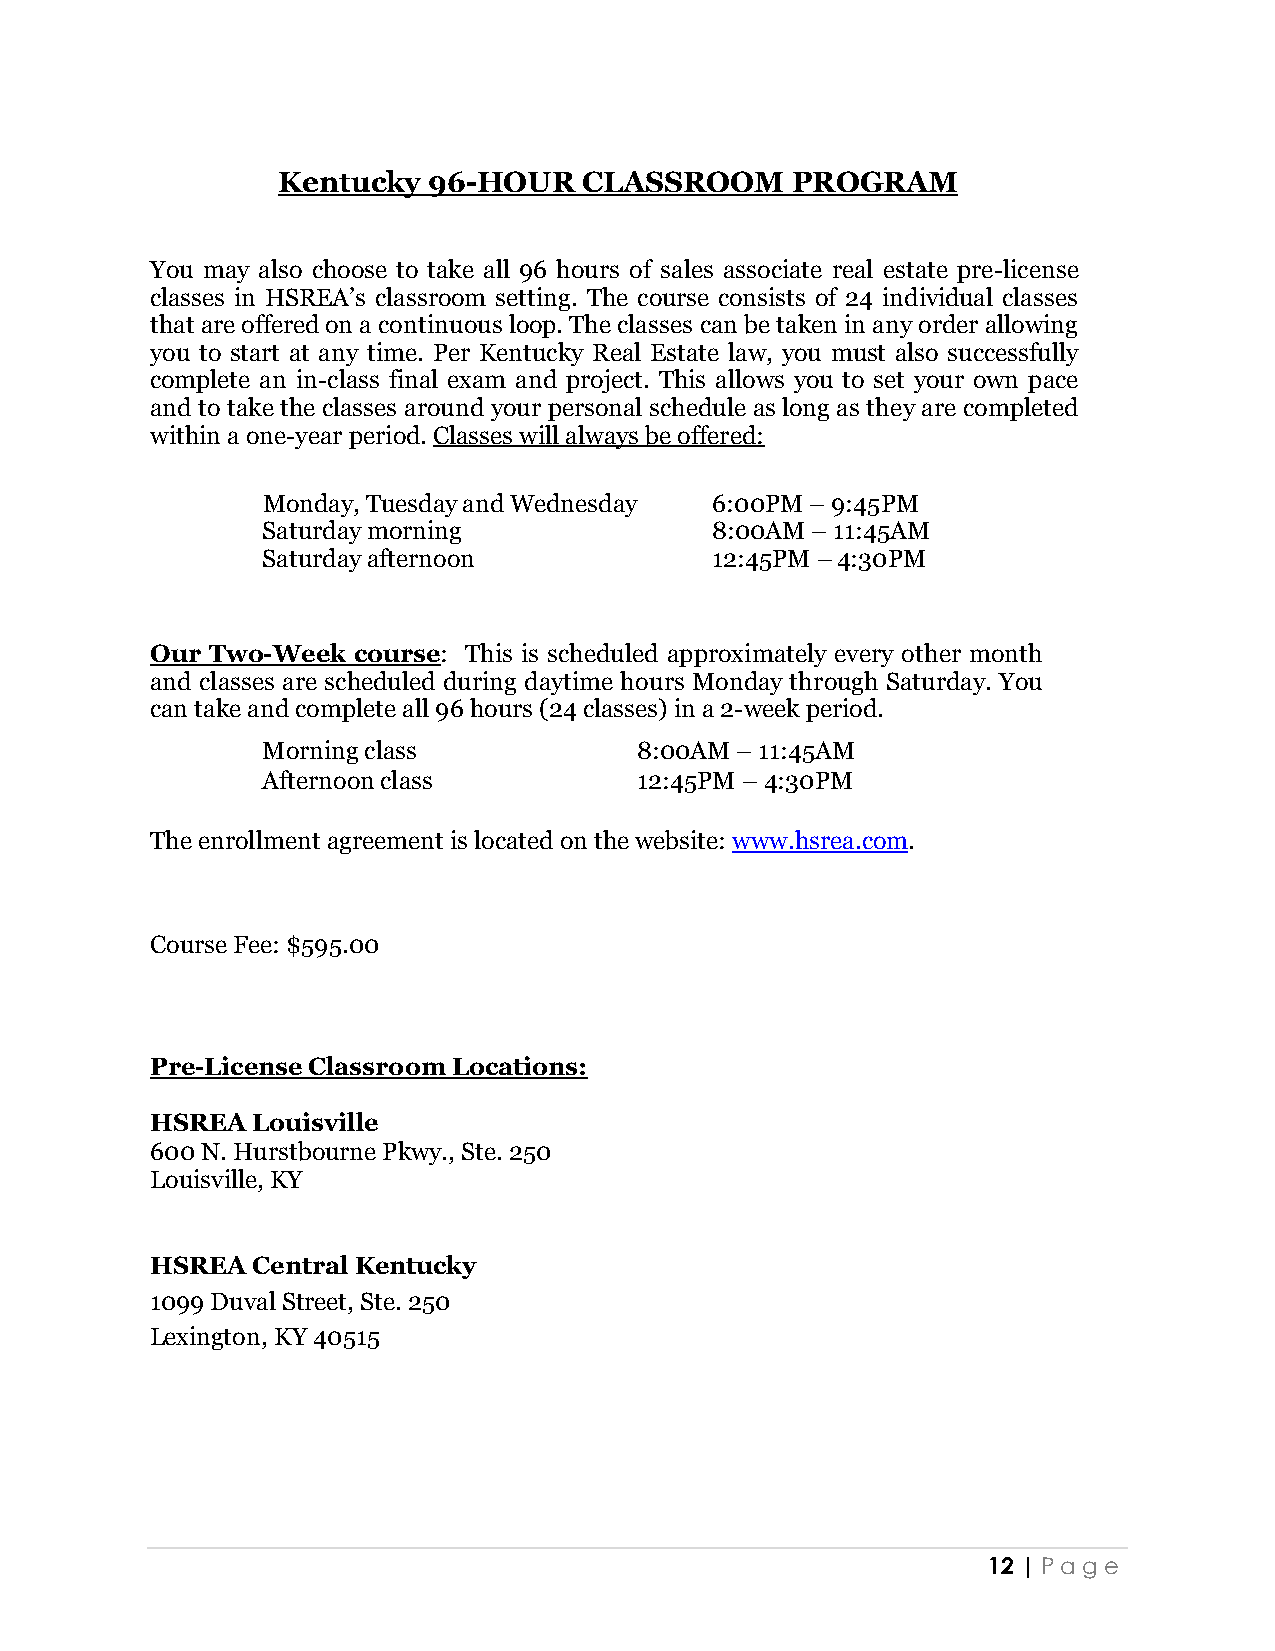
Kentucky  96-HOUR    CLASSROOM    PROGRAM
 You may also choose to take all 96 hours of sales associate real estate pre-license
 classes in HSREA’s classroom setting. The course consists of 24 individual classes
 that are offered on a continuous loop. The classes can be taken in any order allowing
 you to start at any time. Per Kentucky Real Estate law, you must also successfully
 complete an in-class final exam and project. This allows you to set your own pace
 and to take the classes around your personal schedule as long as they are completed
 within a one-year period. Classes will always be offered:
 Monday, Tuesday and Wednesday 6:00PM – 9:45PM
 Saturday morning              8:00AM – 11:45AM
 Saturday afternoon            12:45PM – 4:30PM
 Our Two-Week course: This is scheduled approximately every other month
 and classes are scheduled during daytime hours Monday through Saturday. You
 can take and complete all 96 hours (24 classes) in a 2-week period.
 Morning class            8:00AM – 11:45AM
 Afternoon class          12:45PM – 4:30PM
 The enrollment agreement is located on the website: www.hsrea.com.
 Course Fee: $595.00
 Pre-License Classroom Locations:
 HSREA  Louisville
 600 N. Hurstbourne Pkwy., Ste. 250
 Louisville, KY
 HSREA  Central Kentucky
 1099 Duval Street, Ste. 250
 Lexington, KY 40515
 12 | Pa ge